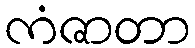
ကံဇာတာ